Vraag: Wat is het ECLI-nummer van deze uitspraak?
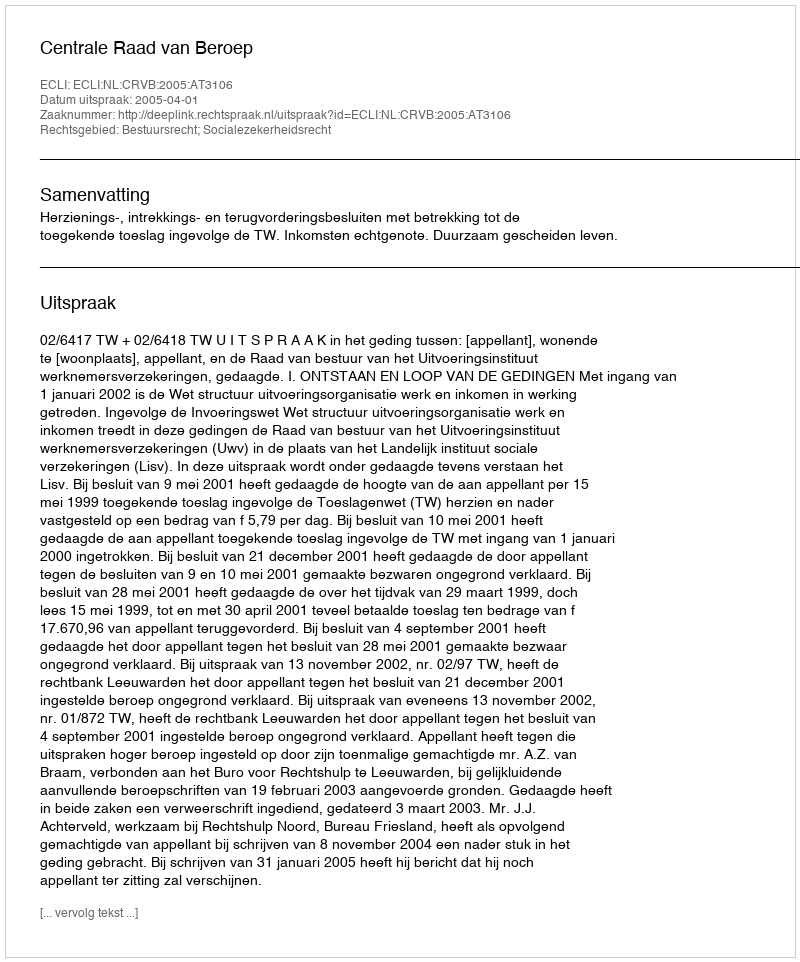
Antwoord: ECLI:NL:CRVB:2005:AT3106